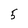
Character: 5